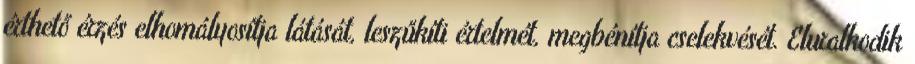
érthető érzés elhomályosítja látását, leszűkíti értelmét, megbénítja cselekvését. Eluralkodik